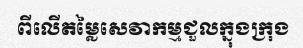
ពីលើតម្លៃសេវាកម្មជួលក្នុងក្រុង